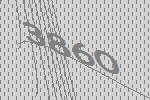
3860